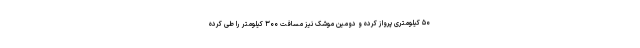
۵۰ کیلومتری پرواز کرده و دومین موشک نیز مسافت ۳۰۰ کیلومتر را طی کرده